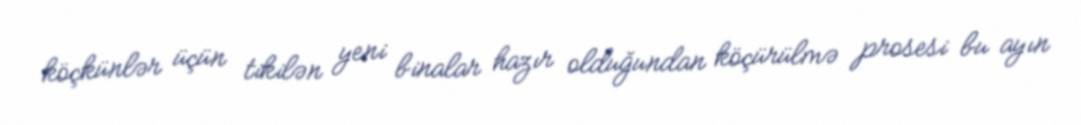
köçkünlər üçün tikilən yeni binalar hazır olduğundan köçürülmə prosesi bu ayın